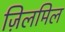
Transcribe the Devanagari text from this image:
ज़िलमिल